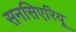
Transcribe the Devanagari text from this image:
सनसिएरियू